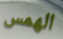
الهمس